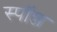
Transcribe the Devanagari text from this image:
स्पॉन्ज